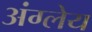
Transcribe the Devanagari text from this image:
अंग्लेय